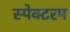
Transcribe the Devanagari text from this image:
स्पेक्टरम